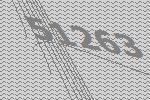
51263